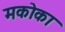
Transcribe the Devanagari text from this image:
मकोका